Lunatic asylums Bombay report 1878-1890 - 1878-1890
Year: 1878
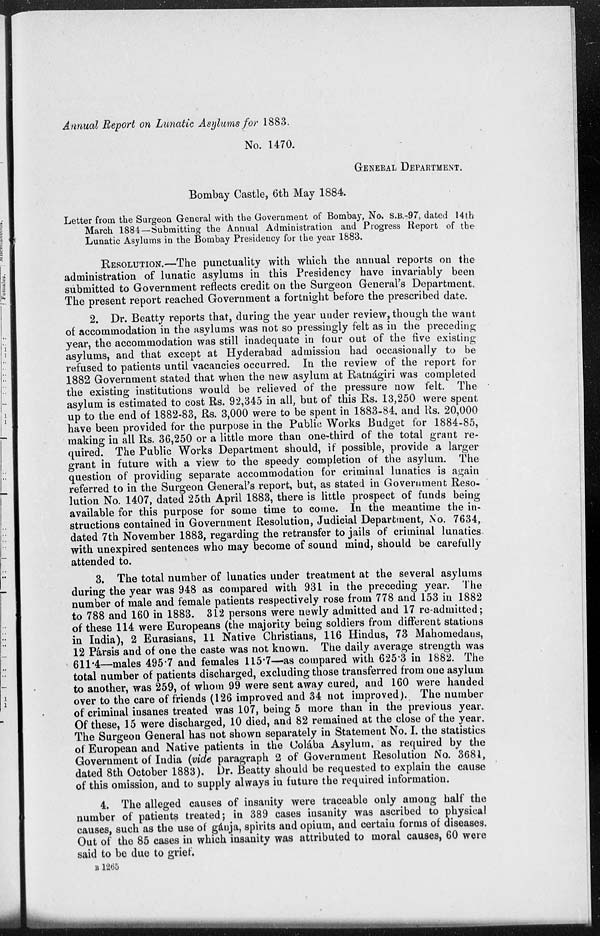
Annual Report on Lunatic Asylums for 1883.
No. 1470.
GENERAL DEPARTMENT.
Bombay Castle, 6th May 1884.
Letter from the Surgeon General with the Government of Bombay, No. S.B.-97, dated 14th
March 1884—Submitting the Annual Administration and Progress Report of the
Lunatic Asylums in the Bombay Presidency for the year 1883.
RESOLUTION.—The punctuality with which the annual reports on the
administration of lunatic asylums in this Presidency have invariably been
submitted to Government reflects credit on the Surgeon General's Department.
The present report reached Government a fortnight before the prescribed date.
2. Dr. Beatty reports that, during the year under review, though the want
of accommodation in the asylums was not so pressingly felt as in the preceding
year, the accommodation was still inadequate in four out of the five existing
asylums, and that except at Hyderabad admission had occasionally to be
refused to patients until vacancies occurred. In the review of the report for
1882 Government stated that when the new asylum at Ratnàgiri was completed
the existing institutions would be relieved of the pressure now felt. The
asylum is estimated to cost Rs. 92,345 in all, but of this Rs. 13,250 were spent
up to the end of 1882-83, Rs. 3,000 were to be spent in 1883-84, and Rs. 20,000
have been provided for the purpose in the Public Works Budget for 1884-85,
making in all Rs. 36,250 or a little more than one-third of the total grant re-
quired. The Public Works Department should, if possible, provide a larger
grant in future with a view to the speedy completion of the asylum. The
question of providing separate accommodation for criminal lunatics is again
referred to in the Surgeon General's report, but, as stated in Government Reso-
lution No. 1407, dated 25th April 1883, there is little prospect of funds being
available for this purpose for some time to come. In the meantime the in-
structions contained in Government Resolution, Judicial Department, No. 7634,
dated 7th November 1883, regarding the retransfer to jails of criminal lunatics
with unexpired sentences who may become of sound mind, should be carefully
attended to.
3. The total number of lunatics under treatment at the several asylums
during the year was 948 as compared with 931 in the preceding year. The
number of male and female patients respectively rose from 778 and 153 in 1882
to 788 and 160 in 1883. 312 persons were newly admitted and 17 re-admitted;
of these 114 were Europeans (the majority being soldiers from different stations
in India), 2 Eurasians, 11 Native Christians, 116 Hindus, 73 Mahomedans,
12 Pársis and of one the caste was not known. The daily average strength was
611.4—males 495.7 and females 115.7—as compared with 625.3 in 1882. The
total number of patients discharged, excluding those transferred from one asylum
to another, was 259, of whom 99 were sent away cured, and 160 were handed
over to the care of friends (126 improved and 34 not improved). The number
of criminal insanes treated was 107, being 5 more than in the previous year.
Of these, 15 were discharged, 10 died, and 82 remained at the close of the year.
The Surgeon General has not shown separately in Statement No. I. the statistics
of European and Native patients in the Colába Asylum, as required by the
Government of India (vide paragraph 2 of Government Resolution No. 3681,
dated 8th October 1883). Dr. Beatty should be requested to explain the cause
of this omission, and to supply always in future the required information.
4. The alleged causes of insanity were traceable only among half the
number of patients treated; in 389 cases insanity was ascribed to physical
causes, such as the use of gánja, spirits and opium, and certain forms of diseases.
Out of the 85 cases in which insanity was attributed to moral causes, 60 were
said to be due to grief.
B 1265